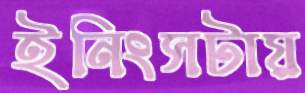
ইনিংসটায়